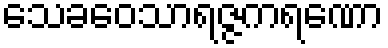
သေခဝေသာရဇ္ဇကရဏော